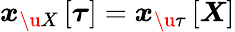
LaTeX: \boldsymbol{x}_{\u{X}}\left[\boldsymbol{\tau}\right]=\boldsymbol{x}_{\u{\tau}}\left[\boldsymbol{X}\right]